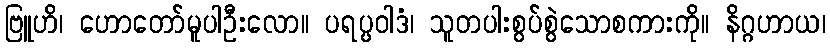
ဗြူဟိ၊ ဟောတော်မူပါဦးလော။ ပရပ္ပဝါဒံ၊ သူတပါးစွပ်စွဲသောစကားကို။ နိဂ္ဂဟာယ၊